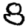
Digit: 8